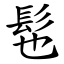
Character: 髢